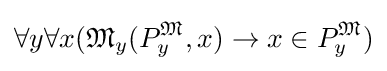
\forall y\forall x({\mathfrak {M}}_{y}(P_{y}^{\mathfrak {M}},x)\rightarrow x\in P_{y}^{\mathfrak {M}})